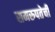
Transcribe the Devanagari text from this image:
समरुपतेची